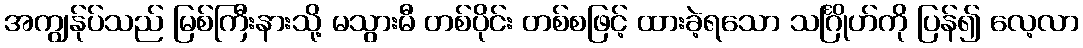
အကျွန်ုပ်သည် မြစ်ကြီးနားသို့ မသွားမီ တစ်ပိုင်း တစ်စဖြင့် ထားခဲ့ရသော သင်္ဂြိုဟ်ကို ပြန်၍ လေ့လာ